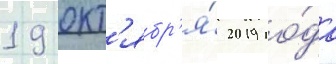
19 окт'ябр'я́ 2019 го́да